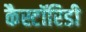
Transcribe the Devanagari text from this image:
कैस्टॉरिडी